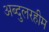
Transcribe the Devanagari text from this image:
अब्दुलरहीम